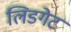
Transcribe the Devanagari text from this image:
लिडगेट